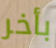
بأخر